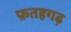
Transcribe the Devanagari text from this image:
फ़तहगढ़